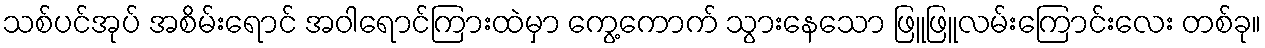
သစ်ပင်အုပ် အစိမ်းရောင် အဝါရောင်ကြားထဲမှာ ကွေ့ကောက် သွားနေသော ဖြူဖြူလမ်းကြောင်းလေး တစ်ခု။